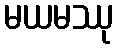
မယမဿု